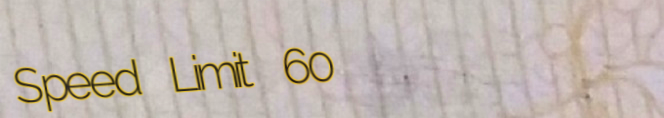
Speed Limit 60